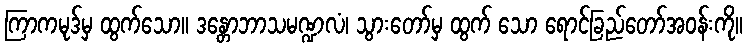
ကြာကမုဒ်မှ ထွက်သော။ ဒန္တောဘာသမဏ္ဍလံ၊ သွားတော်မှ ထွက် သော ရောင်ခြည်တော်အဝန်းကို။